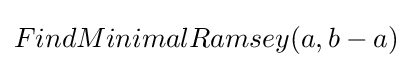
FindMinimalRamsey(a,b-a)